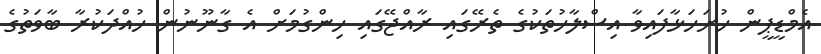
އެމްޑީޕީން ހުށަހަޅާފައިވާ އިސްލާހުތަކުގެ ތެރޭގައި ރާއްޖޭގައި ހިންގުމަށް އެ ގާނޫނުން ހުއްދަކުރާ ބާވަތުގެ